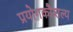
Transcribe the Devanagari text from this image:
प्रयोगकौशल्य